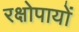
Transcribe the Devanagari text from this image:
रक्षोपायों